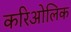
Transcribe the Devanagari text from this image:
करिओलिक